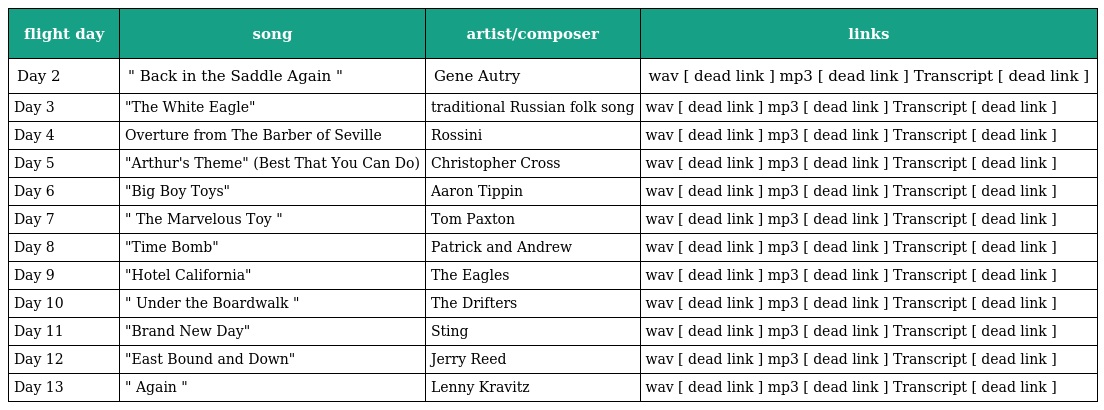
| flight day | song | artist/composer | links |
 | --- | --- | --- | --- |
 | Day 2 | " Back in the Saddle Again " | Gene Autry | wav [ dead link ] mp3 [ dead link ] Transcript [ dead link ] |
 | Day 3 | "The White Eagle" | traditional Russian folk song | wav [ dead link ] mp3 [ dead link ] Transcript [ dead link ] |
 | Day 4 | Overture from The Barber of Seville | Rossini | wav [ dead link ] mp3 [ dead link ] Transcript [ dead link ] |
 | Day 5 | "Arthur's Theme" (Best That You Can Do) | Christopher Cross | wav [ dead link ] mp3 [ dead link ] Transcript [ dead link ] |
 | Day 6 | "Big Boy Toys" | Aaron Tippin | wav [ dead link ] mp3 [ dead link ] Transcript [ dead link ] |
 | Day 7 | " The Marvelous Toy " | Tom Paxton | wav [ dead link ] mp3 [ dead link ] Transcript [ dead link ] |
 | Day 8 | "Time Bomb" | Patrick and Andrew | wav [ dead link ] mp3 [ dead link ] Transcript [ dead link ] |
 | Day 9 | "Hotel California" | The Eagles | wav [ dead link ] mp3 [ dead link ] Transcript [ dead link ] |
 | Day 10 | " Under the Boardwalk " | The Drifters | wav [ dead link ] mp3 [ dead link ] Transcript [ dead link ] |
 | Day 11 | "Brand New Day" | Sting | wav [ dead link ] mp3 [ dead link ] Transcript [ dead link ] |
 | Day 12 | "East Bound and Down" | Jerry Reed | wav [ dead link ] mp3 [ dead link ] Transcript [ dead link ] |
 | Day 13 | " Again " | Lenny Kravitz | wav [ dead link ] mp3 [ dead link ] Transcript [ dead link ] |